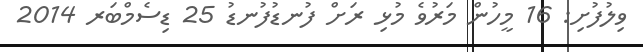
ވިލުފުށި: 16 މީހުން މަރުވެ މުޅި ރަށް ފުނޑުފުނޑު 25 ޑިސެމްބަރ 2014